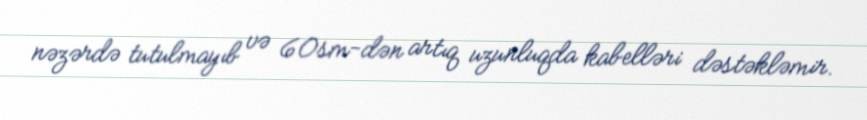
nəzərdə tutulmayıb və 60sm-dən artıq uzunluqda kabelləri dəstəkləmir.